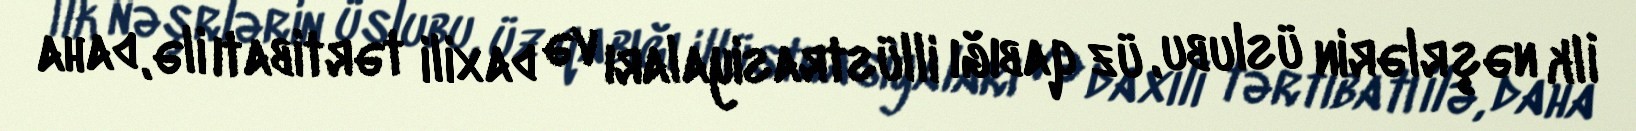
İlk nəşrlərin üslubu, üz qabığı illüstrasiyaları və daxili tərtibatı ilə, daha